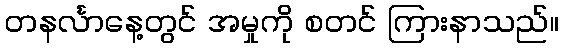
တနင်္လာနေ့တွင် အမှုကို စတင် ကြားနာသည်။